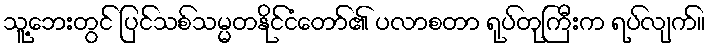
သူ့ဘေးတွင် ပြင်သစ်သမ္မတနိုင်ငံတော်၏ ပလာစတာ ရုပ်တုကြီးက ရပ်လျက်။